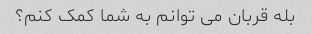
بله قربان می توانم به شما کمک کنم؟